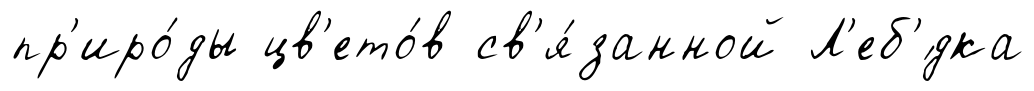
пр'иро́ды цв'ето́в св'я́занной Л'еб'́дка